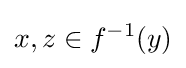
x,z\in f^{-1}(y)